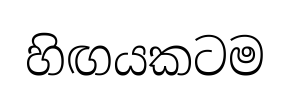
හිඟයකටම